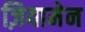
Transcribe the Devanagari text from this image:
ज़ियामेन